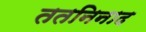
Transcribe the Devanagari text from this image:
ततनिनाद